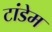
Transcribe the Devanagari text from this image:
टांडेम